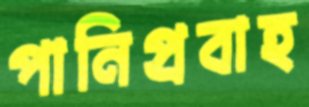
পানিপ্রবাহ